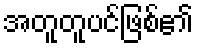
အတူတူပင်ဖြစ်၏